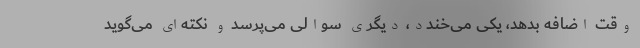
وقت اضافه بدهد، یکی می‌خندد، دیگری سوالی می‌پرسد و نکته‌ای می‌گوید